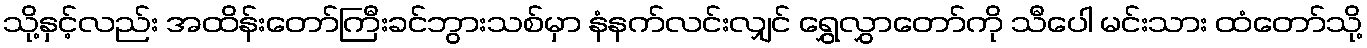
သို့နှင့်လည်း အထိန်းတော်ကြီးခင်ဘွားသစ်မှာ နံနက်လင်းလျှင် ရွှေလွှာတော်ကို သီပေါ မင်းသား ထံတော်သို့